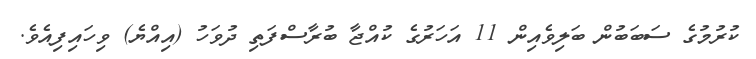
ކުރުމުގެ ސަބަބުން ބަލިވެއިން 11 އަހަރުގެ ކުއްޖާ ބުރާސްފަތި ދުވަހު (އިއްޔެ) ވިހައިފިއެވެ.